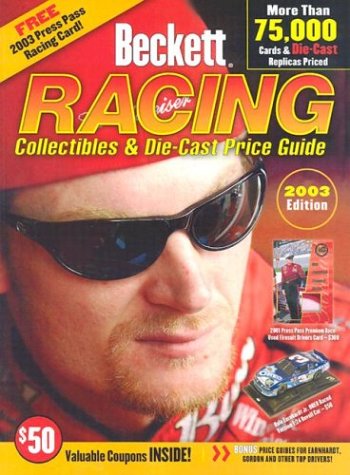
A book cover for Beckett Racing Collectibles and Die-Cast Price Guide (Beckett Racing Collectibles Price Guide); Crafts, Hobbies & Home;